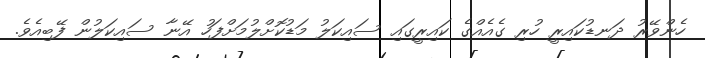
ހެންވޭރު ދަނޑުކައިރީ ހުރި ގެއެއްގެ ކައިރީގައި ސައިކަލު މަޑުކޮށްލުމަށްފަހު އޭނާ ސައިކަލުން ފޭބިއެވެ.